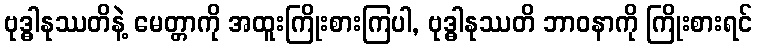
ဗုဒ္ဓါနုဿတိနဲ့ မေတ္တာကို အထူးကြိုးစားကြပါ, ဗုဒ္ဓါနုဿတိ ဘာဝနာကို ကြိုးစားရင်